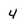
Character: 4